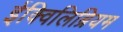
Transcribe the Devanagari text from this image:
ईक्विलिब्रियम